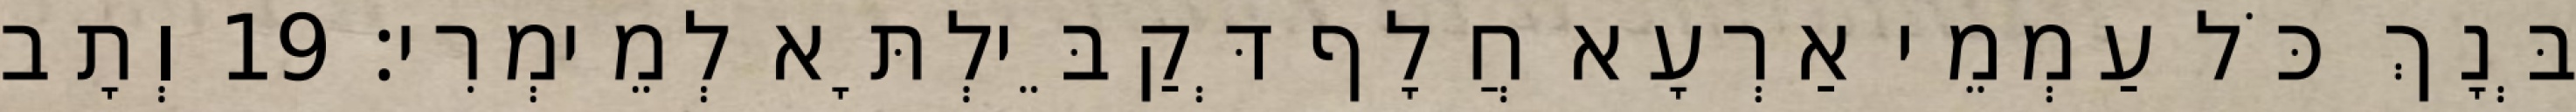
בְּנָךְ כֹּל עַמְמֵי אַרְעָא חֲלָף דְּקַבֵּילְתָּא לְמֵימְרִי׃ 19 וְתָב